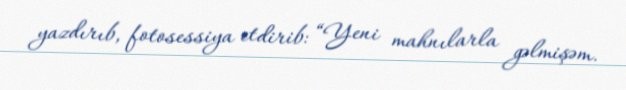
yazdırıb, fotosessiya etdirib: “Yeni mahnılarla gəlmişəm.